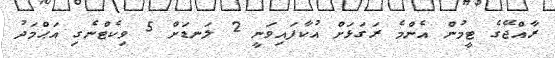
ރާއްޖޭގެ ޓީމުން އެންމެ ރަގަޅަށް އުކާފައިވަނީ 2 ލަނޑަށް 5 ވިކެޓްނެގި އަޙްމަދު